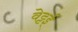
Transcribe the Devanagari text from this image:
वेट्टई